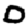
Digit: 0